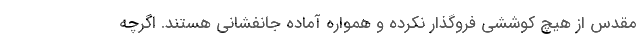
مقدس از هیچ کوششی فروگذار نکرده و همواره آماده جانفشانی هستند. اگرچه